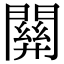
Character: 𨵿